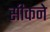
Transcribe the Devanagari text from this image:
सीकने